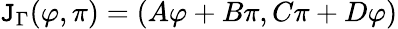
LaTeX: \mathtt{J}_{\Gamma}(\varphi,\pi)=(A\varphi+B\pi,C\pi+D\varphi)